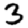
Digit: 3